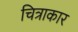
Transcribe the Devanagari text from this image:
चित्राकार